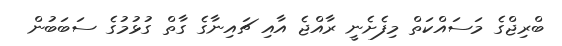
ބްރިޖްގެ މަސައްކަތް މިފެށެނީ ރާއްޖެ އާއި ޗައިނާގެ ގާތް ގުޅުމުގެ ސަބަބުން